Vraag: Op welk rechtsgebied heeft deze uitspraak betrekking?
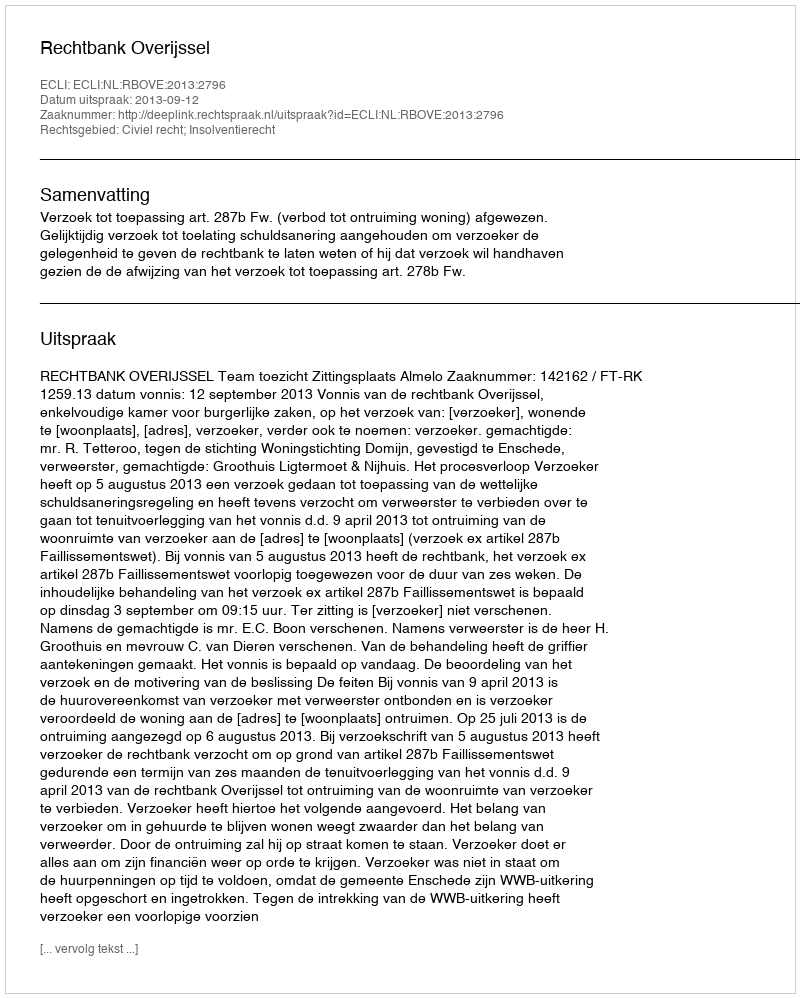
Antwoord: Civiel recht; Insolventierecht